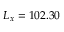
L _ { x } = 1 0 2 . 3 0